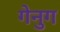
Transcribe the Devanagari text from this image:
गेनुग